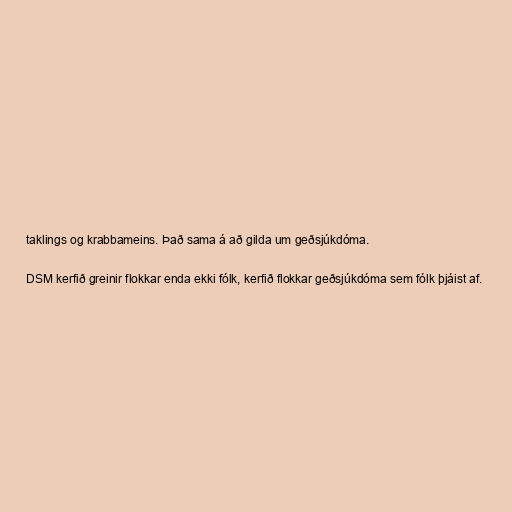
taklings og krabbameins. Það sama á að gilda um geðsjúkdóma.

DSM kerfið greinir flokkar enda ekki fólk, kerfið flokkar geðsjúkdóma sem fólk þjáist af.